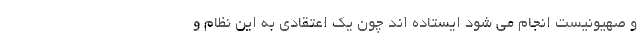
و صهیونیست انجام می شود ایستاده اند چون یک اعتقادی به این نظام و